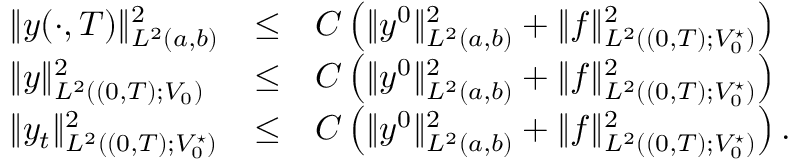
\begin{array} { l l l } { \displaystyle \| y ( \cdot , T ) \| _ { L ^ { 2 } ( a , b ) } ^ { 2 } } & { \leq } & { C \left( \| y ^ { 0 } \| _ { L ^ { 2 } ( a , b ) } ^ { 2 } + \| f \| _ { L ^ { 2 } ( ( 0 , T ) ; V _ { 0 } ^ { \star } ) } ^ { 2 } \right) } \\ { \| y \| _ { L ^ { 2 } ( ( 0 , T ) ; V _ { 0 } ) } ^ { 2 } } & { \leq } & { C \left( \| y ^ { 0 } \| _ { L ^ { 2 } ( a , b ) } ^ { 2 } + \| f \| _ { L ^ { 2 } ( ( 0 , T ) ; V _ { 0 } ^ { \star } ) } ^ { 2 } \right) } \\ { \| y _ { t } \| _ { L ^ { 2 } ( ( 0 , T ) ; V _ { 0 } ^ { \star } ) } ^ { 2 } } & { \leq } & { C \left( \| y ^ { 0 } \| _ { L ^ { 2 } ( a , b ) } ^ { 2 } + \| f \| _ { L ^ { 2 } ( ( 0 , T ) ; V _ { 0 } ^ { \star } ) } ^ { 2 } \right) . } \end{array}